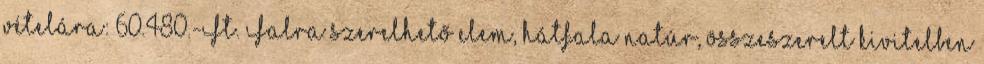
vételára: 60.480.-Ft. Falra szerelhető elem, hátfala natúr, összeszerelt kivitelben